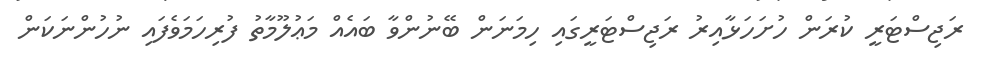
ރަޖިސްޓަރީ ކުރަން ހުށަހަޅާއިރު ރަޖިސްޓަރީގައި ހިމަނަން ބޭނުންވާ ބައެއް މަޢުލޫމާތު ފުރިހަމަވެފައި ނުހުންނަކަން